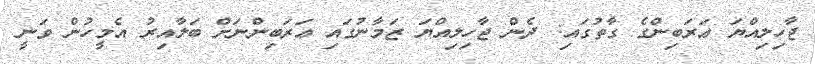
ޖާހިލިއްޔަ ޢަރަބިންގެ ގާތުގައި: ދެން ޖާހިލިއްޔަ ޒަމާނުގައި ޢަރަބިންނަށް ބަލާއިރު އެމީހުން ވަނީ